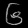
Digit: ၆